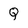
Character: Q